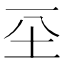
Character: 𡉊